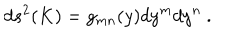
LaTeX: d s ^ { 2 } ( K ) = g _ { m n } ( y ) d y ^ { m } d y ^ { n } ~ .